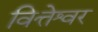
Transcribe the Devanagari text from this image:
वित्तेश्वर